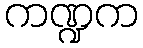
ကဏ္ဍက